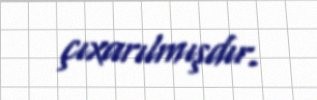
çıxarılmışdır.